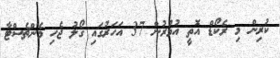
ކުރިން މި ރެކޯޑް އޮތީ އުމުރުން 37 އަހަރުގައި ގޯލު ޖެހި މެންޗެސްޓާ